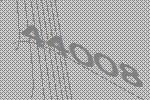
44008